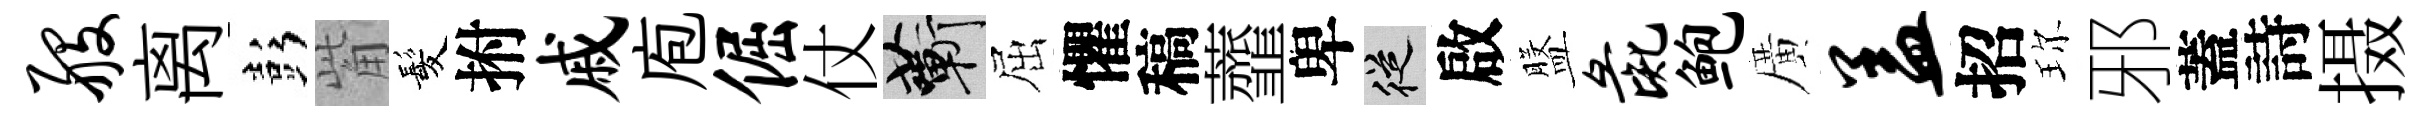
般离彭觜髪拊戚庖倔仗蔪屈懼稿虀卑從啟盤彘鲍廣盖招珎邪蓋詩摄